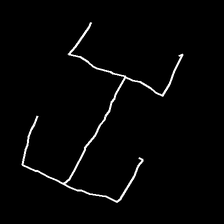
Glyph: entwine